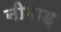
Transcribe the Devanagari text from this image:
नीमाड़